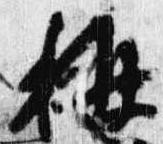
称